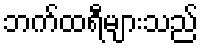
ဘက်ထရီများသည်